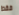
فقط